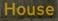
house